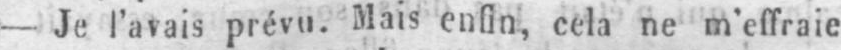
- Je l’avais prévu. Mais enfin, cela ne m’effraie